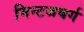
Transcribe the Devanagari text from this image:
मिन्टजबर्ग